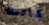
كانت